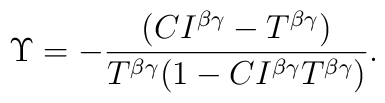
\Upsilon=-\frac{(CI^{\beta\gamma}-T^{\beta\gamma})}{T^{\beta\gamma}(1-CI^{\beta\gamma}T^{\beta\gamma})}.